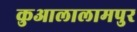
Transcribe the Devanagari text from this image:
कुआलालामपुर